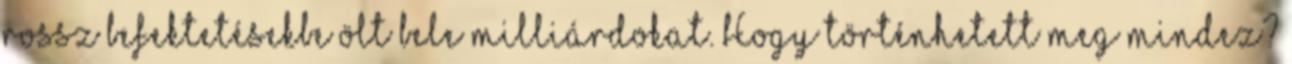
rossz befektetésekbe ölt bele milliárdokat. Hogy történhetett meg mindez?